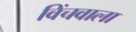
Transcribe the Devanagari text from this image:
विंचवाला